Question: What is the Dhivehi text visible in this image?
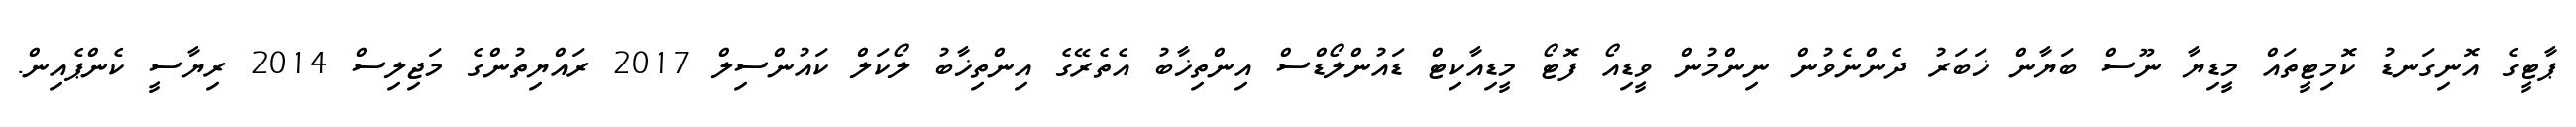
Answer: ޕާޓީގެ އޮނިގަނޑު ކޮމިޓީތައް މީޑިޔާ ނޫސް ބަޔާން ޚަބަރު ދެންނެވުން ނިންމުން ވީޑިއޯ ފޮޓޯ މީޑިއާކިޓް ޑައުންލޯޑްސް އިންތިޚާބު އެތެރޭގެ އިންތިޚާބު ލޯކަލް ކައުންސިލް 2017 ރައްޔިތުންގެ މަޖިލިސް 2014 ރިޔާސީ ކެންޕެއިން.